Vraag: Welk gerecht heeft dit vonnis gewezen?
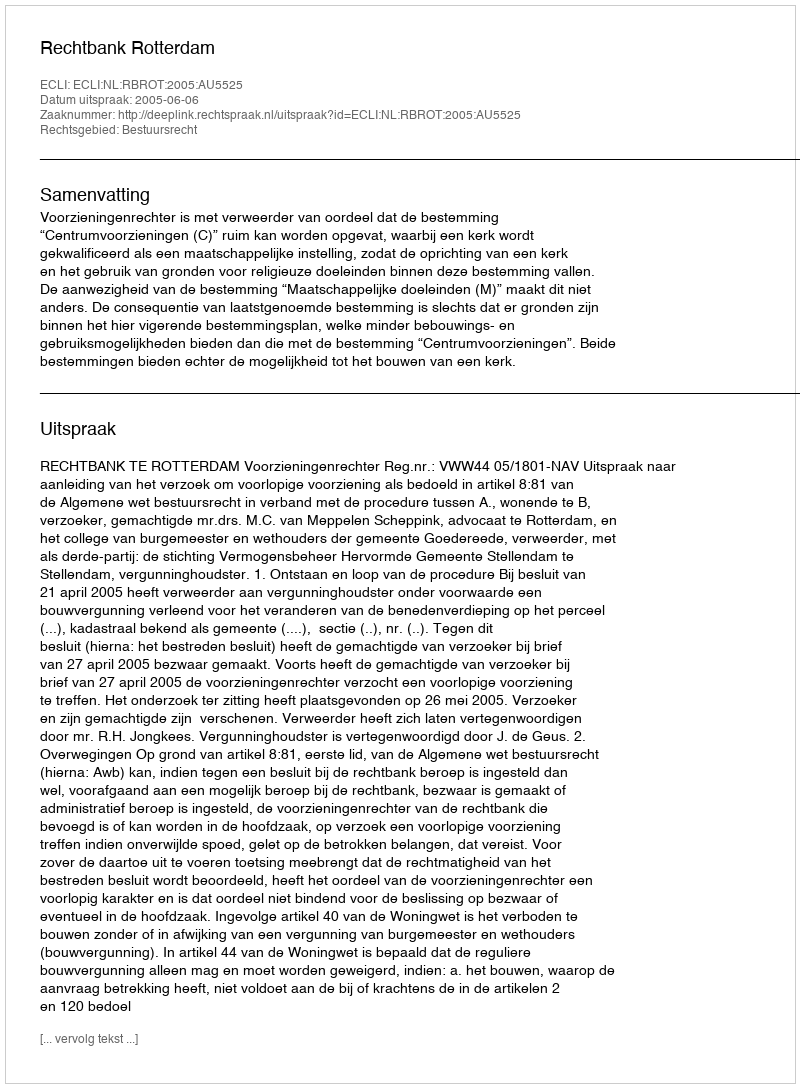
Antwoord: Rechtbank Rotterdam